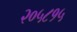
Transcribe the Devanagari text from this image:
२०५८१५